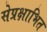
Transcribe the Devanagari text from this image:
सेप्रक्षाभित